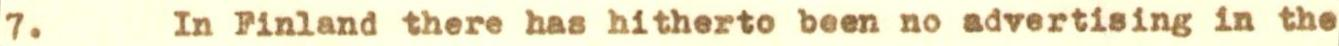
7. In Finland there has hitherto been no advertising in the